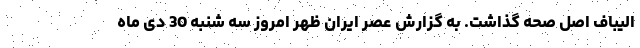
الیباف اصل صحه گذاشت. به گزارش عصر ایران ظهر امروز سه شنبه 30 دی ماه